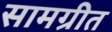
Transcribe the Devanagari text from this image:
सामग्रीत